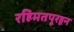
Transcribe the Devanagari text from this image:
रहिमतपूरहून